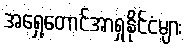
အရှေ့တောင်အာရှနိုင်ငံများ